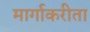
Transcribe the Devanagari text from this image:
मार्गाकरीता